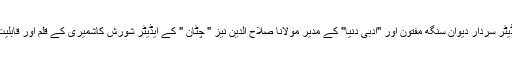
"ریاست" کے ایڈیٹر سردار دیوان سنگھ مفتون اور "ادبی دنیا" کے مدیر مولانا صلاح الدین نیز " چٹان " کے ایڈیٹر شورش کاشمیری کے قلم اور قابلیت کے قائل تھے۔